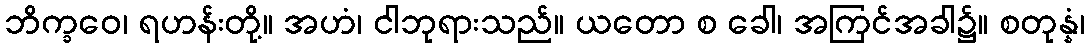
ဘိက္ခဝေ၊ ရဟန်းတို့။ အဟံ၊ ငါဘုရားသည်။ ယတော စ ခေါ၊ အကြင်အခါ၌။ စတုန္နံ၊